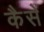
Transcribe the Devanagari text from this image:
कैसें